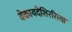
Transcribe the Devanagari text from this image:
बेकायदेशिररित्या